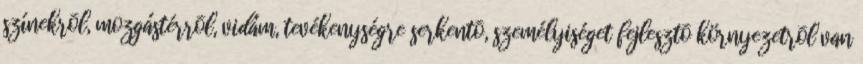
színekrõl, mozgástérrõl, vidám, tevékenységre serkentõ, személyiséget fejlesztõ környezetrõl van